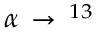
\alpha \, \rightarrow \, ^ { 1 3 }